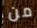
من